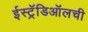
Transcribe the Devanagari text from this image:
ईस्ट्रॅडिऑलची